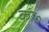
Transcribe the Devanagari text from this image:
का॰